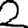
Digit: 2